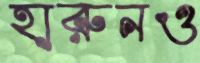
হারুনও